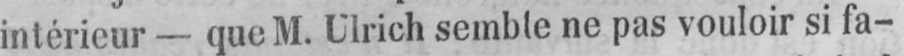
intérieur - que M. Ulrich semble ne pas vouloir si fa-